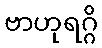
ဗာဟုရဂ္ဂိ